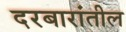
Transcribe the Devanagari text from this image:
दरबारांतील